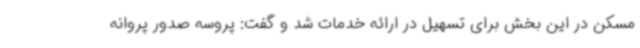
مسکن در این بخش برای تسهیل در ارائه خدمات شد و گفت: پروسه صدور پروانه